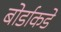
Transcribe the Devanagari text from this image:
बोर्डाकडे